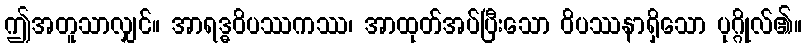
ဤအတူသာလျှင်။ အာရဒ္ဓဝိပဿကဿ၊ အာထုတ်အပ်ပြီးသော ဝိပဿနာရှိသော ပုဂ္ဂိုလ်၏။